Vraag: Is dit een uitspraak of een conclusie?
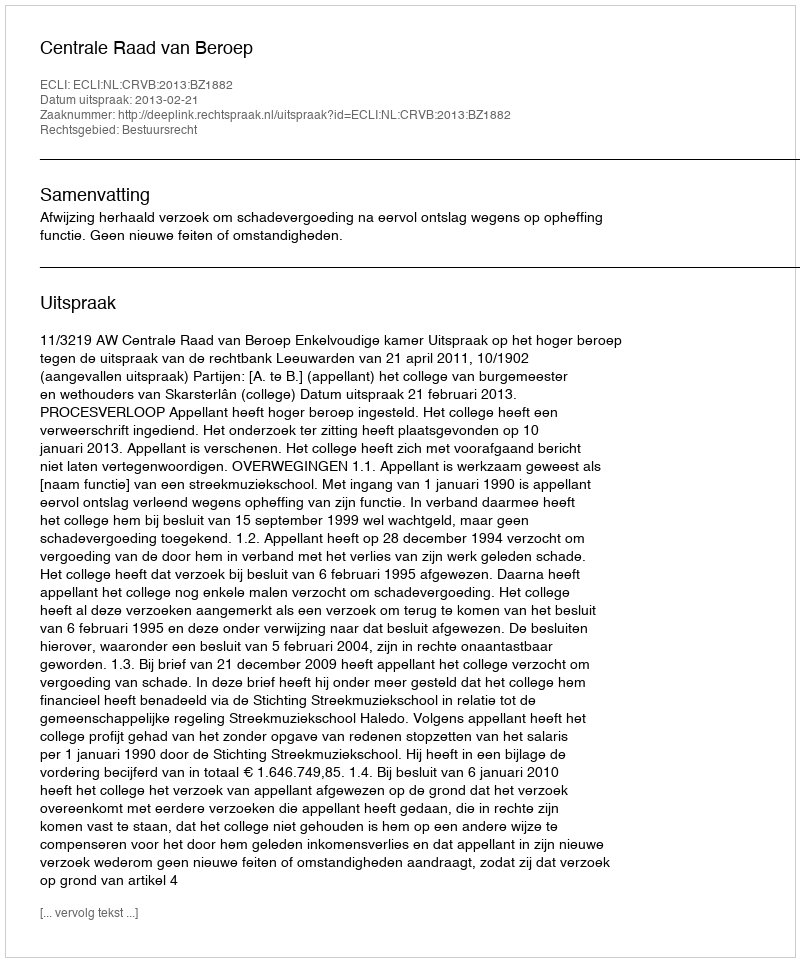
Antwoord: Uitspraak